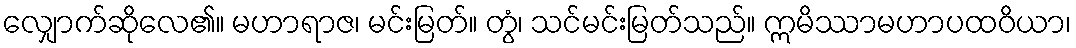
လျှောက်ဆိုလေ၏။ မဟာရာဇ၊ မင်းမြတ်။ တွံ၊ သင်မင်းမြတ်သည်။ ဣမိဿာမဟာပထဝိယာ၊